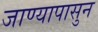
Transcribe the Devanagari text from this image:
जाण्यापासुन